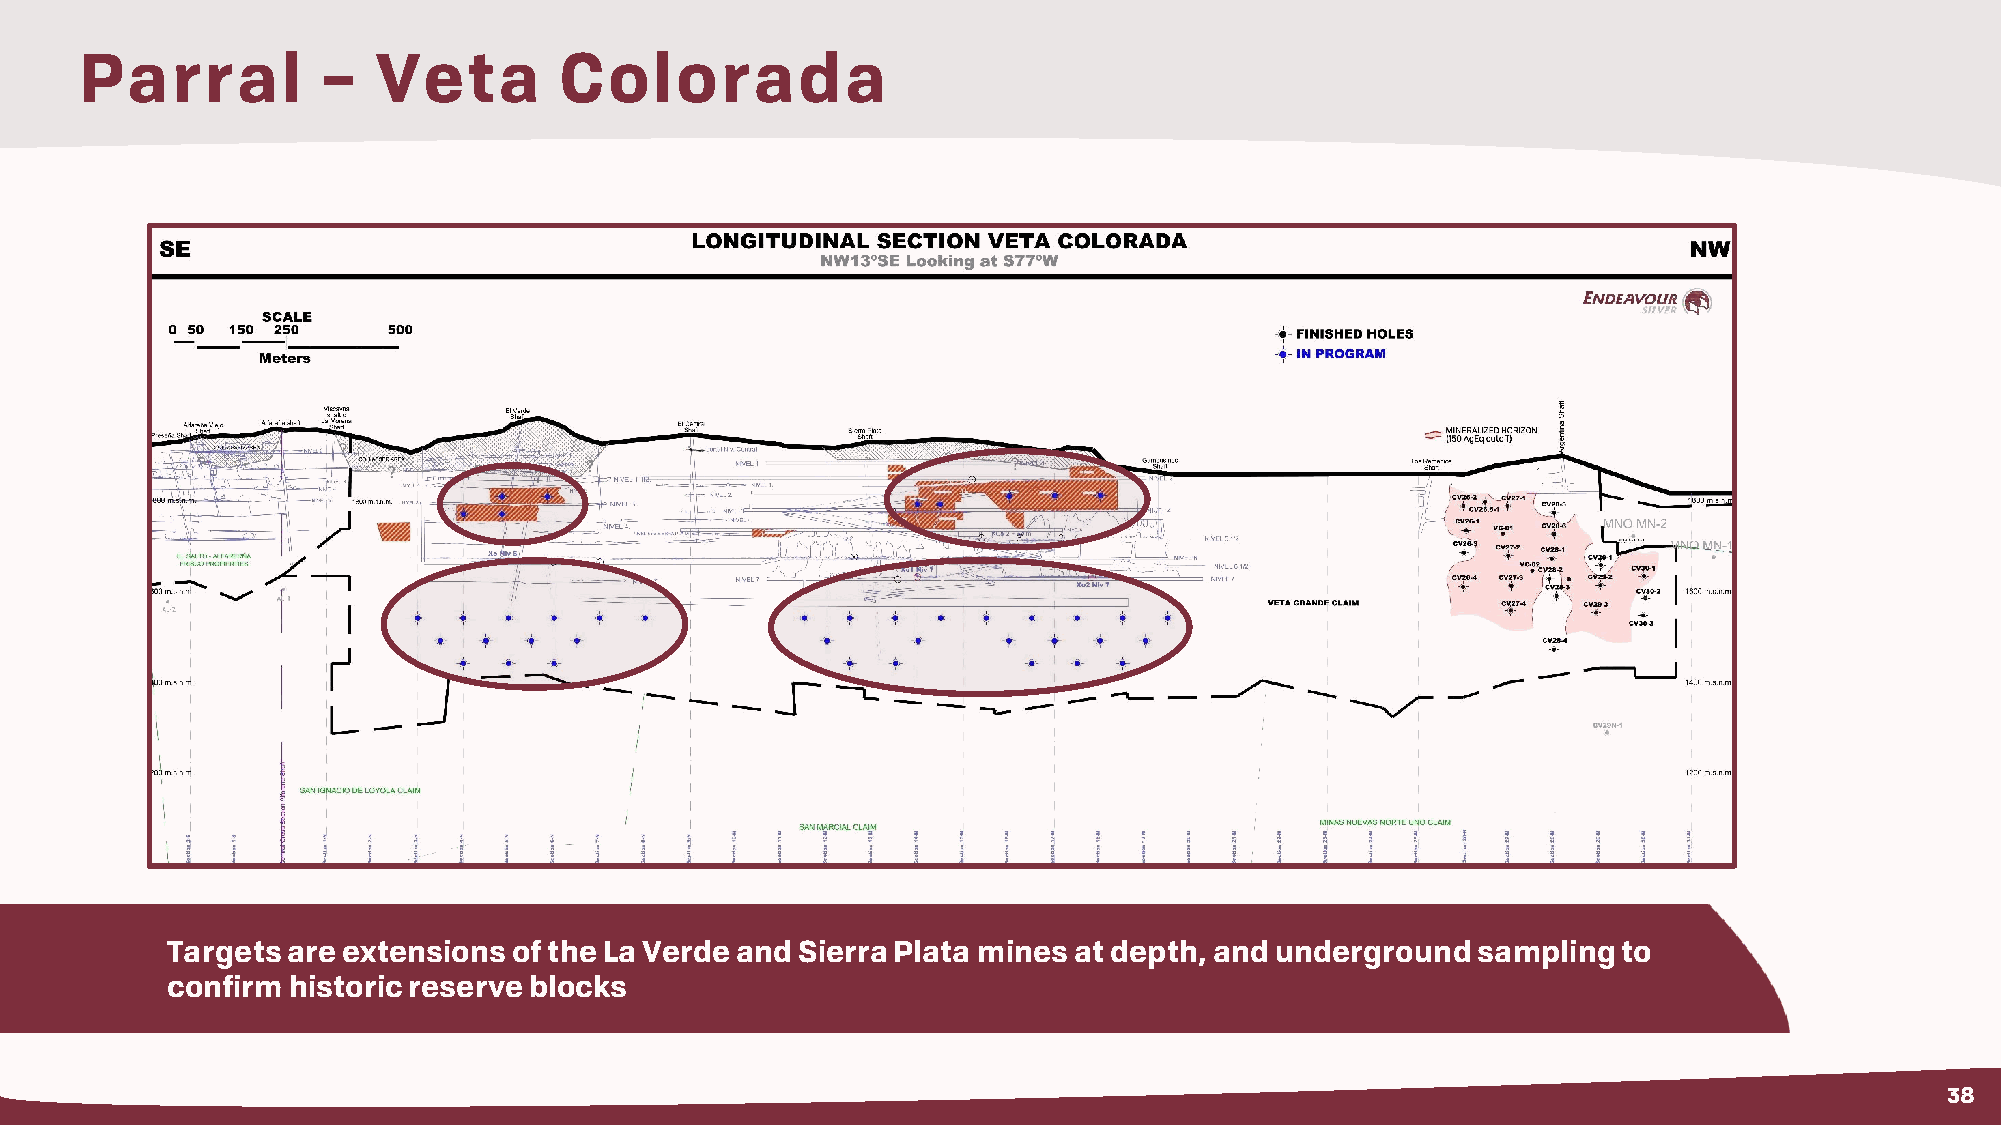
Parral          –   Veta        Colorada
 Targets are extensions of the La Verde and Sierra Plata mines at depth, and underground sampling to
 confirm historic reserve blocks
 38